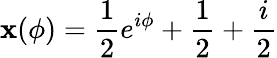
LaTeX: \mathbf{x}(\phi)=\frac{{1}}{{2}}e^{i\phi}+\frac{{1}}{{2}}+\frac{{i}}{{2}}